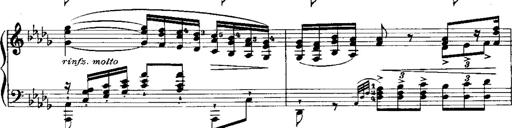
Title: RÃ©miniscences de 'Lucia di Lammermoor'
Composer: Franz Liszt